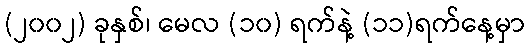
(၂၀၀၂) ခုနှစ်၊ မေလ (၁၀) ရက်နဲ့ (၁၁)ရက်နေ့မှာ